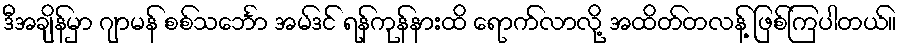
ဒီအချိန်မှာ ဂျာမန် စစ်သင်္ဘော အမ်ဒင် ရန်ကုန်နားထိ ရောက်လာလို့ အထိတ်တလန့် ဖြစ်ကြပါတယ်။